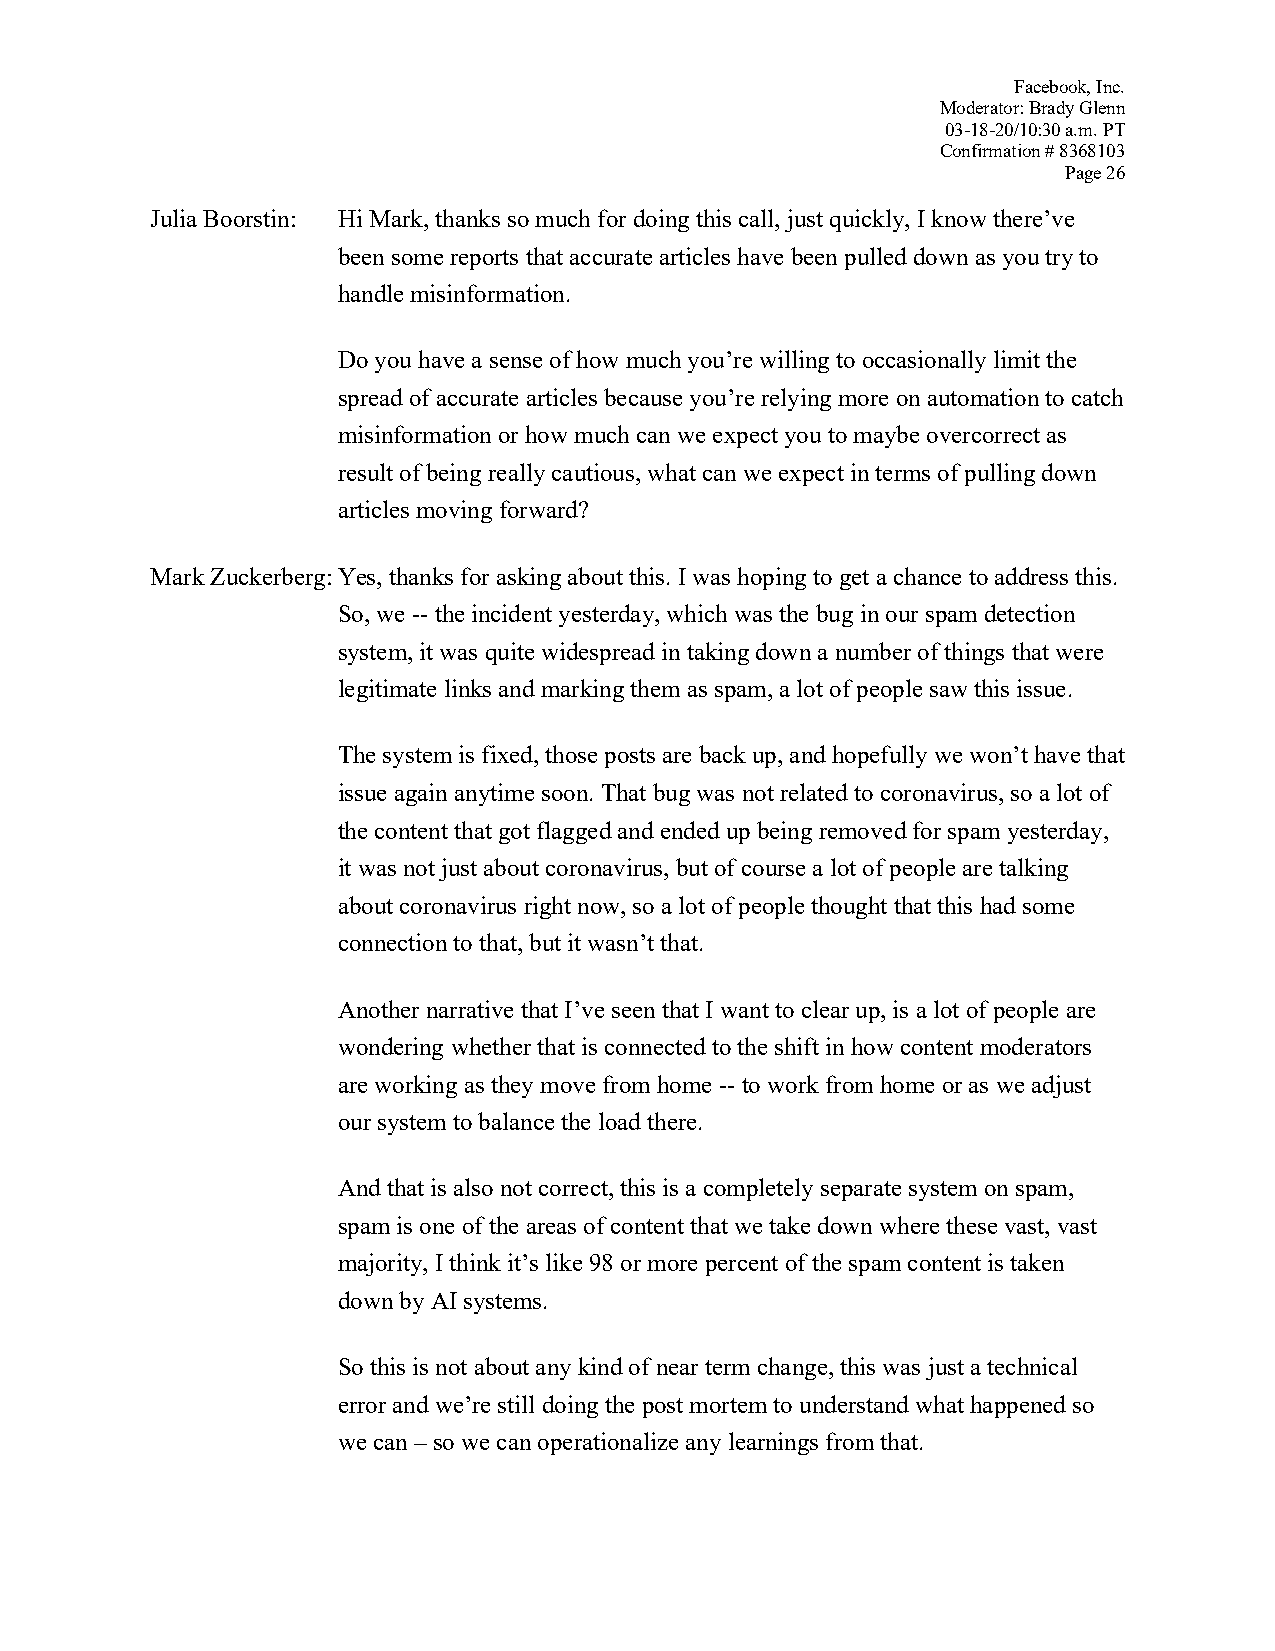
Facebook, Inc.
 Moderator: Brady Glenn
 03-18-20/10:30 a.m. PT
 Confirmation # 8368103
 Page 26
 Julia Boorstin: Hi Mark, thanks so much for doing this call, just quickly, I know there’ve
 been some reports that accurate articles have been pulled down as you try to
 handle misinformation.
 Do you have a sense of how much you’re willing to occasionally limit the
 spread of accurate articles because you’re relying more on automation to catch
 misinformation or how much can we expect you to maybe overcorrect as
 result of being really cautious, what can we expect in terms of pulling down
 articles moving forward?
 Mark Zuckerberg: Yes, thanks for asking about this. I was hoping to get a chance to address this.
 So, we -- the incident yesterday, which was the bug in our spam detection
 system, it was quite widespread in taking down a number of things that were
 legitimate links and marking them as spam, a lot of people saw this issue.
 The system is fixed, those posts are back up, and hopefully we won’t have that
 issue again anytime soon. That bug was not related to coronavirus, so a lot of
 the content that got flagged and ended up being removed for spam yesterday,
 it was not just about coronavirus, but of course a lot of people are talking
 about coronavirus right now, so a lot of people thought that this had some
 connection to that, but it wasn’t that.
 Another narrative that I’ve seen that I want to clear up, is a lot of people are
 wondering whether that is connected to the shift in how content moderators
 are working as they move from home -- to work from home or as we adjust
 our system to balance the load there.
 And that is also not correct, this is a completely separate system on spam,
 spam is one of the areas of content that we take down where these vast, vast
 majority, I think it’s like 98 or more percent of the spam content is taken
 down by AI systems.
 So this is not about any kind of near term change, this was just a technical
 error and we’re still doing the post mortem to understand what happened so
 we can – so we can operationalize any learnings from that.